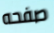
صفحه